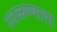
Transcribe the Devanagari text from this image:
उधळण्याचा